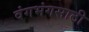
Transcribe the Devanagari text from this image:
वंगभंगसाठी